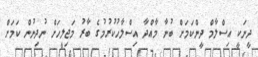
ދީނަކީ އިސްލާމް ދީންކަމަށް ބުނާ މާއްދާ އިސްލާހުކުރުމުގެ ބާރު މަޖިލީހަށް ނުދިނުން ކަމަށް